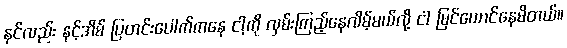
နင်လည်း နင့်အိမ် ပြတင်းပေါက်ကနေ ငါ့ကို လှမ်းကြည့်နေလိမ့်မယ်လို့ ငါ မြင်ယောင်နေမိတယ်။